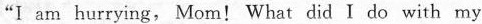
"I am hurrying, Mom!What did I do with my